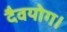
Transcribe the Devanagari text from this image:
दैवयोग।